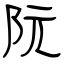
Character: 阮